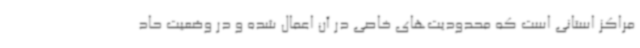
مراکز استانی است که محدودیت‌های خاصی در آن اعمال شده و در وضعیت حاد